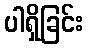
ပါရှိခြင်း